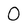
Character: 0